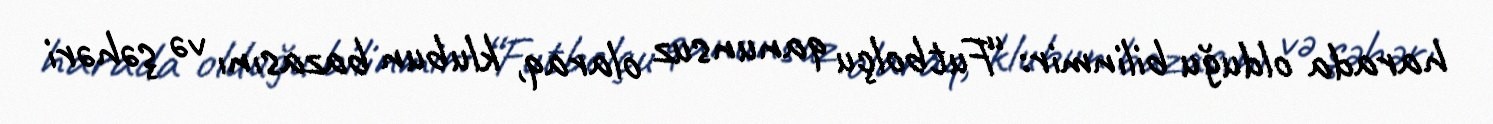
harada olduğu bilinmir: “Futbolçu qanunsuz olaraq, klubun bazasını və şəhəri